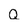
Character: Q